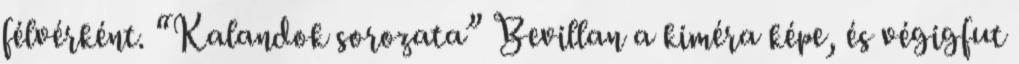
félvérként. “Kalandok sorozata” Bevillan a kiméra képe, és végigfut